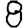
Digit: 8